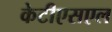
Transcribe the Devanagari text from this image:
केटीएसएल